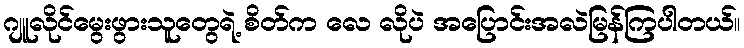
ဂျူလိုင်မွေးဖွားသူတွေရဲ့ စိတ်က လေ လိုပဲ အပြောင်းအလဲမြန်ကြပါတယ်။